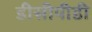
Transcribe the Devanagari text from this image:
डीसीपीडी